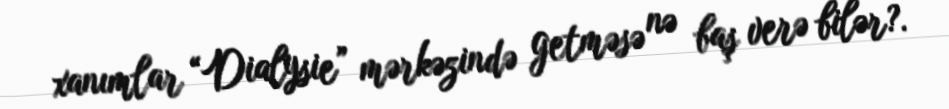
xanımlar “Dialysie” mərkəzində getməsə nə baş verə bilər?.